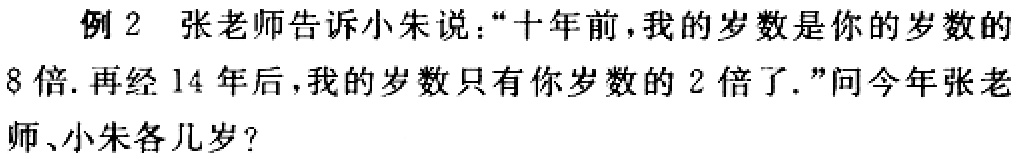
例 2 张老师告诉小朱说：“十年前，我的岁数是你的岁数的
8 倍. 再经 14 年后，我的岁数只有你岁数的 2 倍了.”问今年张老师、小朱各几岁？